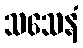
သသေနံ